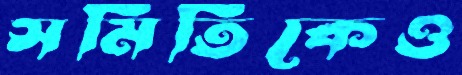
সমিতিকেও